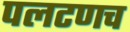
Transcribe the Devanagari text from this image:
पलटणच